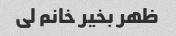
ظهر بخیر خانم لی